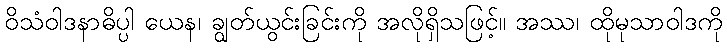
ဝိသံဝါဒနာဓိပ္ပါ ယေန၊ ချွတ်ယွင်းခြင်းကို အလိုရှိသဖြင့်။ အဿ၊ ထိုမုသာဝါဒကို